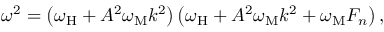
\omega ^ { 2 } = \left( \omega _ { \mathrm { H } } + A ^ { 2 } \omega _ { \mathrm { M } } k ^ { 2 } \right) \left( \omega _ { \mathrm { H } } + A ^ { 2 } \omega _ { \mathrm { M } } k ^ { 2 } + \omega _ { \mathrm { M } } F _ { n } \right) ,